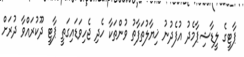
ޕާޓީގެ ލީޑާޝިޕާމެދު އުފެދުނު ޚިޔާލުތަފާތު ވުންތަކާ ހެދި ޖެހިވަޑައިގަތީ ޕާޓީ ދޫކުރައްވާ ދުރަށް